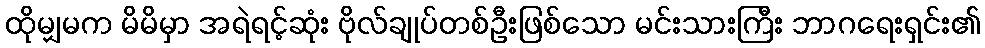
ထိုမျှမက မိမိမှာ အရဲရင့်ဆုံး ဗိုလ်ချုပ်တစ်ဦးဖြစ်သော မင်းသားကြီး ဘာဂရေးရှင်း၏